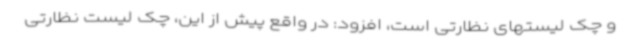
و چک لیستهای نظارتی است، افزود: در واقع پیش از این، چک لیست نظارتی